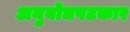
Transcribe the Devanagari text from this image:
अनुबोधपटकार